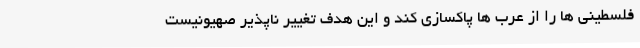
فلسطینی ها را از عرب ها پاکسازی کند و این هدف تغییر ناپذیر صهیونیست